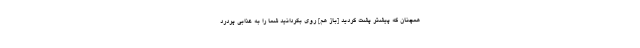
همچنان كه پيشتر پشت كرديد [باز هم] روى بگردانيد شما را به عذابى پردرد